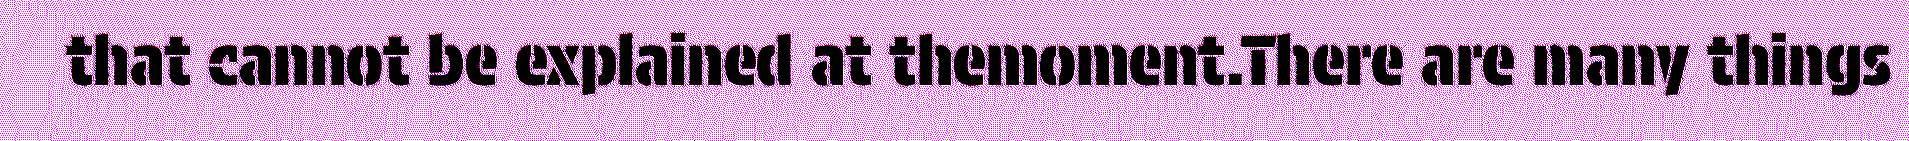
that cannot be explained at themoment.There are many things